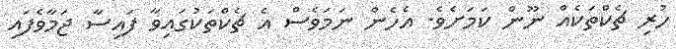
ހުރި ޗެކްތަކެއް ނޫން ކަމަށެވެ. އެހެން ނަމަވެސް އެ ޗެކްތަކުގައިވާ ފައިސާ ޖަމާވެފައި